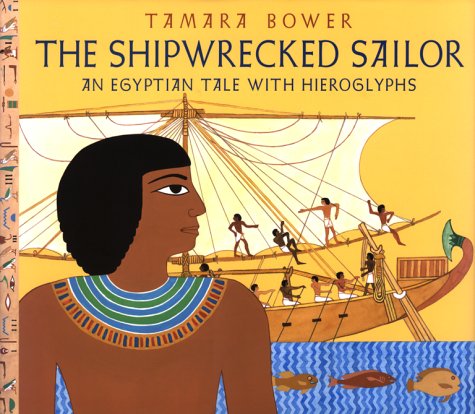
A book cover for The Shipwrecked Sailor: An Egyptian Tale with Hieroglyphs; Tamara Bower; Children's Books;